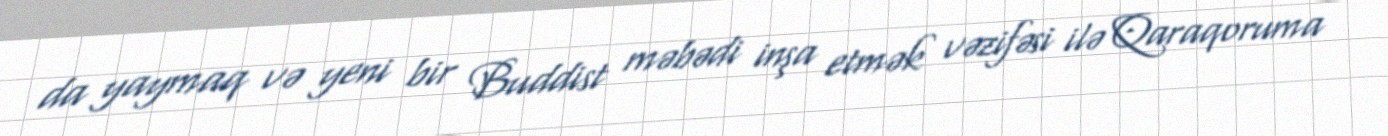
da yaymaq və yeni bir Buddist məbədi inşa etmək vəzifəsi ilə Qaraqoruma